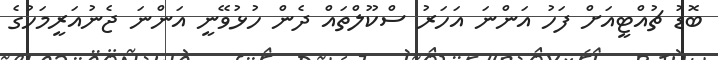
ބޮޑު ޗުއްޓީއަށް ފަހު އަންނަ އަހަރު ސްކޫލްތައް ދެން ހުޅުވޭނީ އަންނަ ޖެނުއަރީމަހުގެ